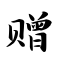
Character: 赠